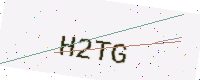
Text: H2TG